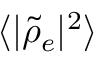
\langle | \widetilde { \rho } _ { e } | ^ { 2 } \rangle